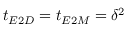
t _ { E 2 D } = t _ { E 2 M } = \delta ^ { 2 }